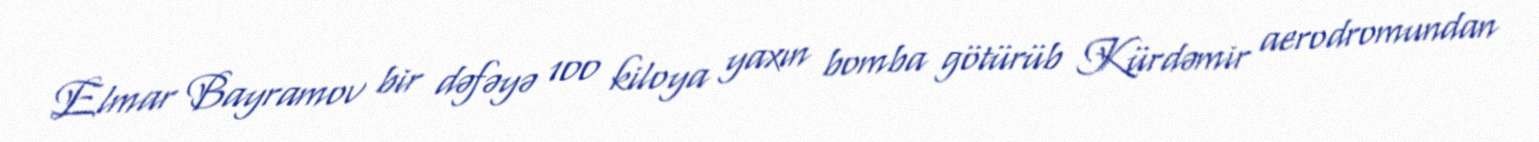
Elmar Bayramov bir dəfəyə 100 kiloya yaxın bomba götürüb Kürdəmir aerodromundan